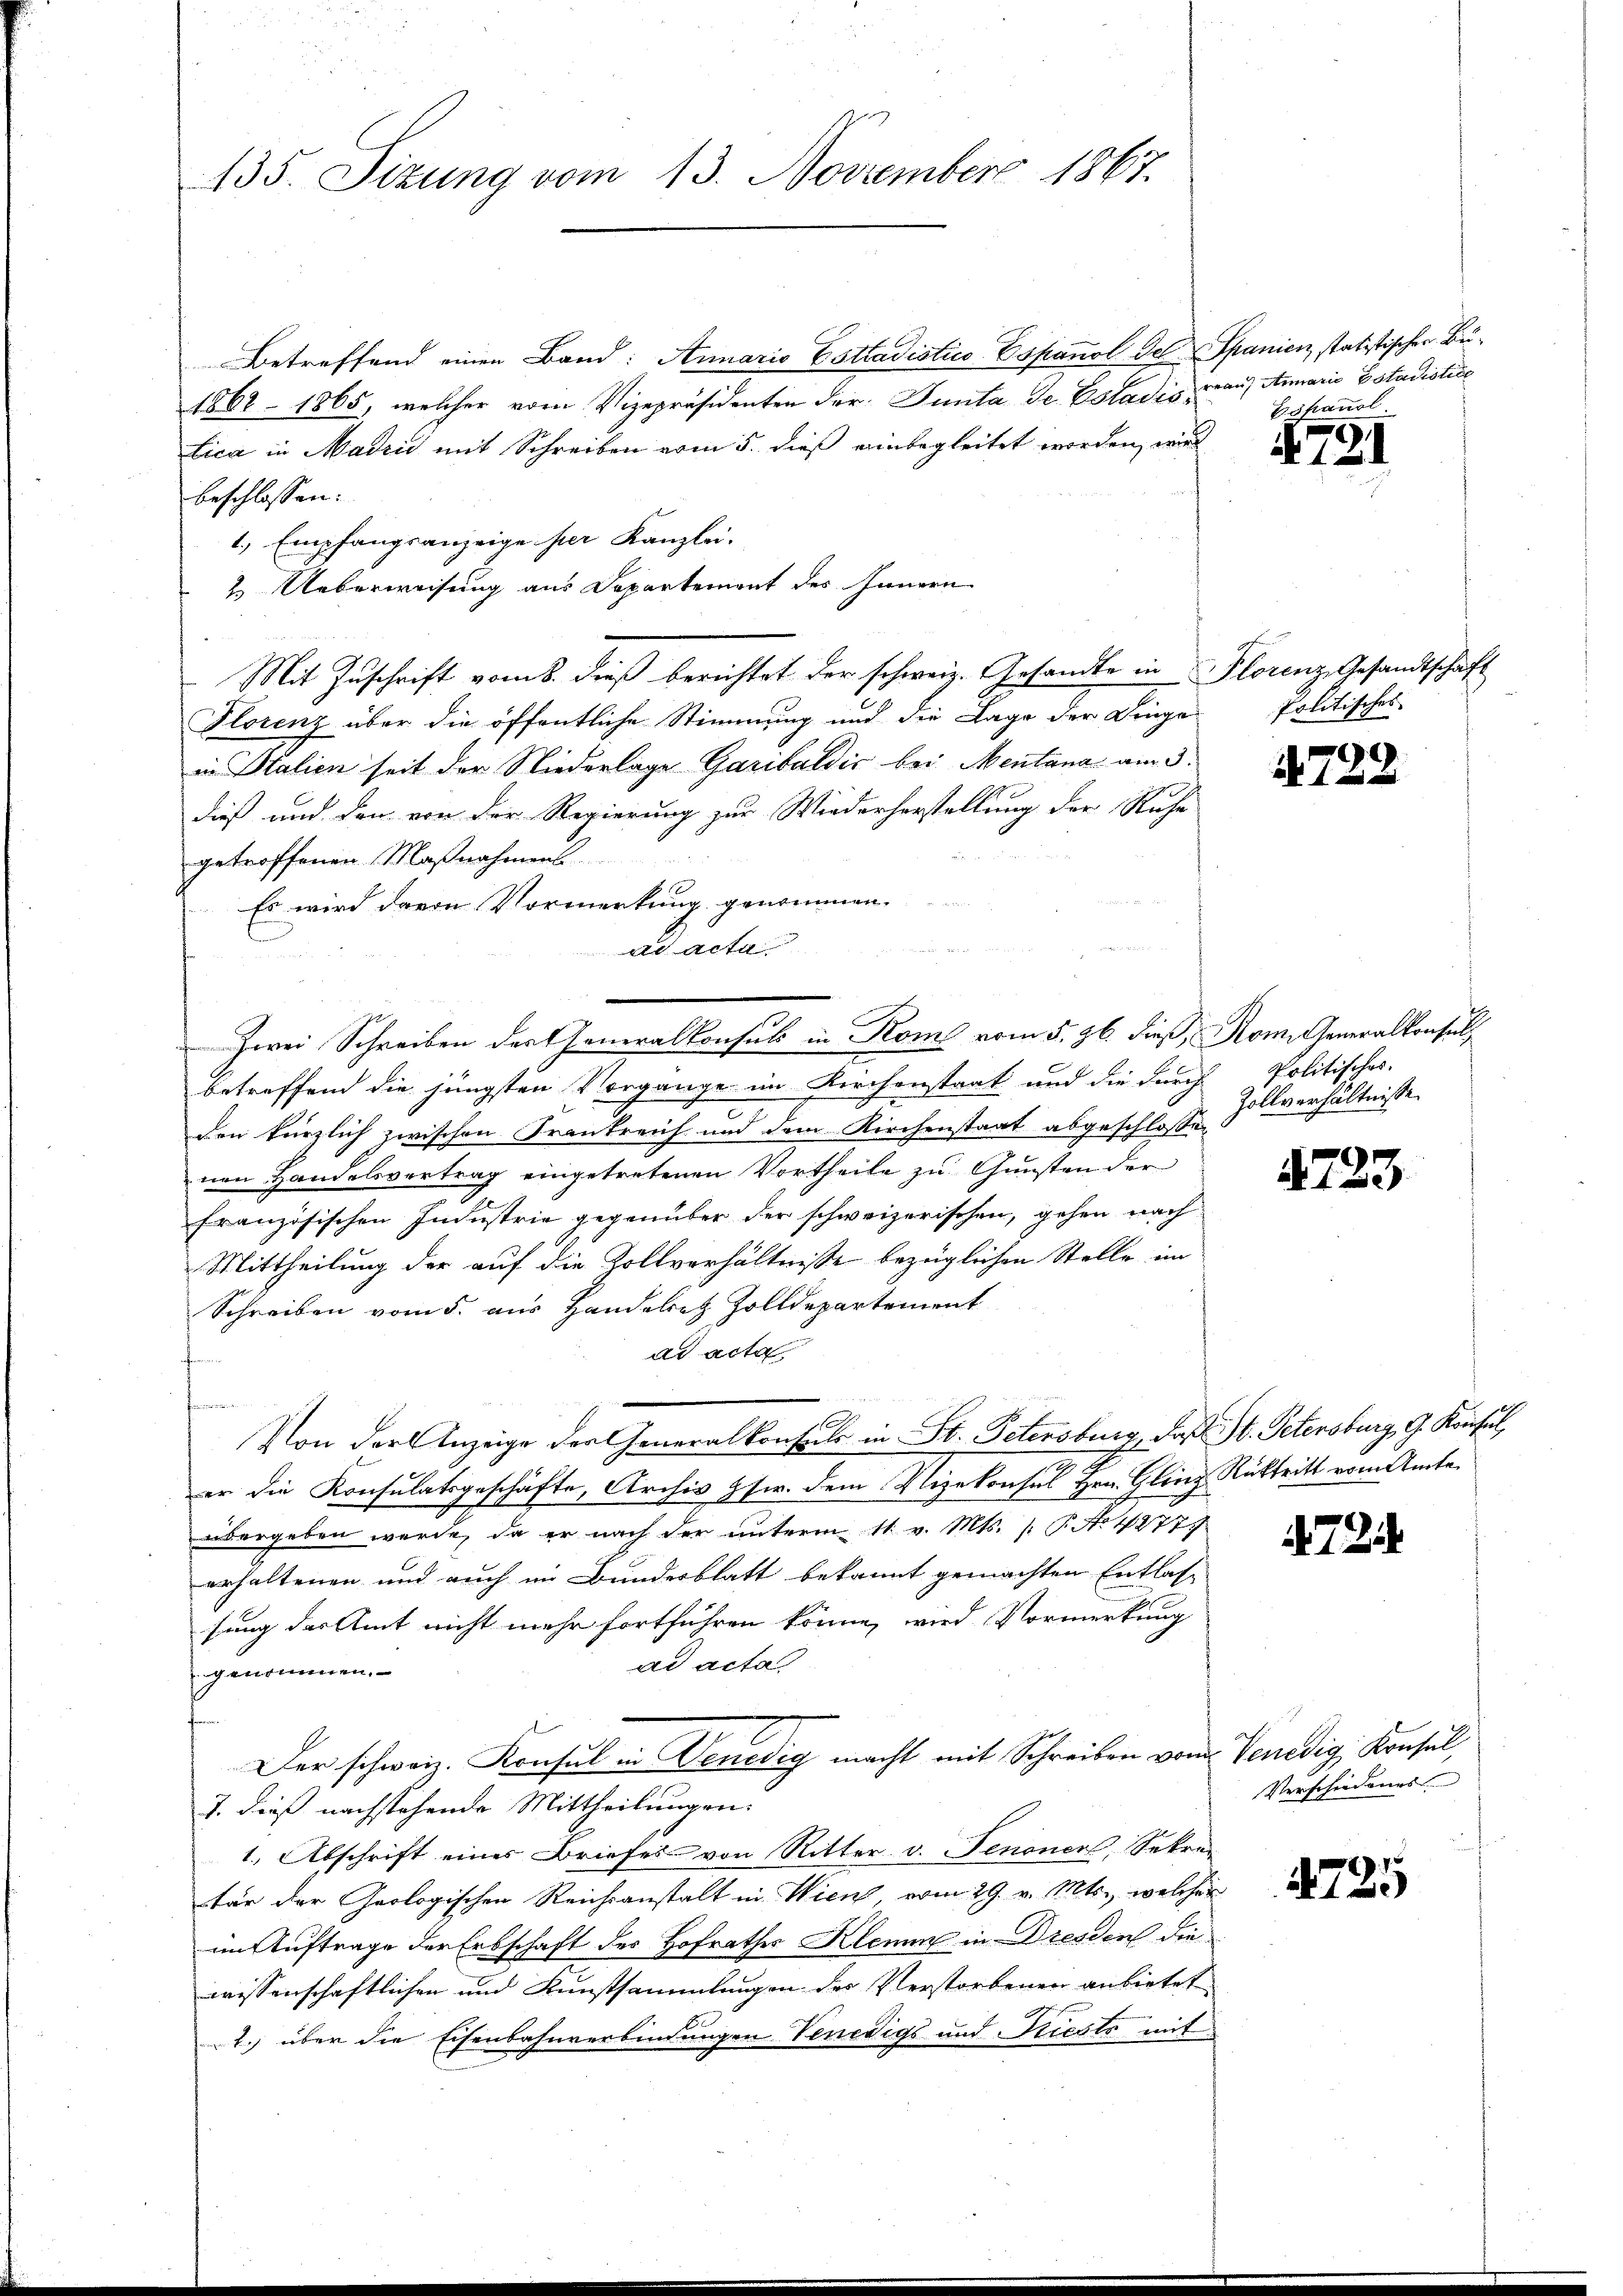
135. Sizung vom 13. November 1867.

Betreffend einen Band: Annario Cottadistico Espanol der Spanien, statistischen Bü¬
1862 – 1865, welcher vom Vizepräsidenten der Junta Se. Estadis auf Anarii Estadiotice
lica in Madrid mit Schreiben vom 5. dieß einbegleitet worden, wird
beschlossen:
1., Empfangsanzeige ser Kanzlei.
2. Ueberweisung aus Departement des Innern
Mit Zuschrift vom 8. dieß berichtet der schweiz. Gesandte in Florenz, Gesandtschaft
Florenz über die öffentliche Stimmung und die Lage der Dinge Politisches
in Italien seit der Niederlage Garibaldić bei Mentana am 3.
dieß und den von der Regierung zur Wiederherstellung der Ruhe
getroffenen Maßnahmens
Es wird davon Vormerkung genommen.
ad acta
Zwei Schreiben der Generalkonsuls in Rom vom 5. 26. dieß, Rom. Generalkonsuls
betreffend die jüngsten Vorgange im Kirchenstaat und die durch
den kürzlich zwischen Frankreich und dem Kirchenstaat abgeschlossen
nen Handelsvertrag eingetretenen Vortheile zu Gunsten der
französischen Industrie gegenüber der schweizerischen, gehen nach
Mittheilung der auf die Zollverhältnisse bezüglichen Stelle im
Schreiben vom 5. aus Handelrez Zolldepartement
ad acta
fenen
f
Von der Anzeige der Generalkonsuls in St. Petersburg. Das St. Petersburg, G. Konsul
er die Konsulatsgeschäfte, Archiv Zsw. dem Vizekonsul Hrn. Gling Rücktritt vom Amte
übergeben werde, da er nach der unterm 11. v. Mts. (T. No 1277
erhaltenen und auch im Bundesblatt bekannt gemachten Entlassung der Amt nicht mehr fortführen könne, wird Vormerkung
ad acta
genommen.
Der schweiz. Konsul in Venedig macht mit Schreiben vom
J. dieß nachstehende Mittheilungen.
1. Abschrift eines Briefes von Ritter v. Fenonen, Sekretär der Geologischen Reichsanstalt in Wien vom 29. v. Mts., welcher
im Auftrage der Erbschaft des Hofrathes Klemen in Dresden die
wissenschaftlichen und Kunstsammlungen des Verstorbenen anbietet
2. über die Eisenbahnverbindungen Venedige und Kiesto mit

Eskanal

4. 731

4722

Politisches.
Zollverhältnisse

1723

72

Venedig Konsul,
Verschiedengs

1725